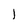
Character: l